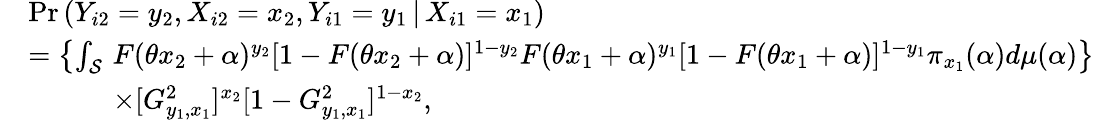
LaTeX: \begin{array}{rl}&{\operatorname*{Pr}\left(Y_{i2}=y_{2},X_{i2}=x_{2},Y_{i1}=y_{1}\, |\, X_{i1}=x_{1}\right)}\\ &{=\left\{ \int_{{\cal{S}}}\, F(\theta x_{2}+\alpha)^{y_{2}}[1-F(\theta x_{2}+\alpha)]^{1-y_{2}}F(\theta x_{1}+\alpha)^{y_{1}}[1-F(\theta x_{1}+\alpha)]^{1-y_{1}}\pi_{x_{1}}(\alpha)d\mu(\alpha)\right\} }\\ &{\quad\quad\quad\times[G_{y_{1},x_{1}}^{2}]^{x_{2}}[1-G_{y_{1},x_{1}}^{2}]^{1-x_{2}},}\end{array}